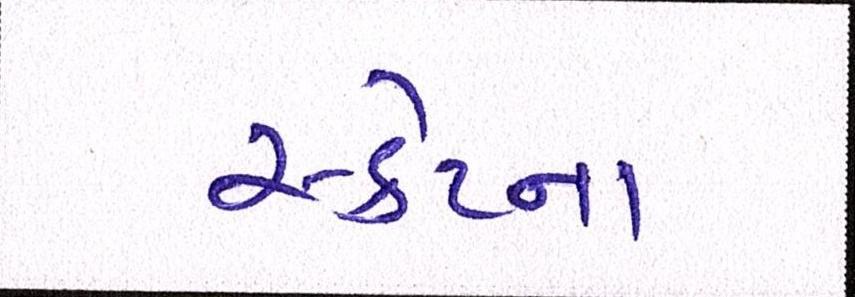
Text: સ્ક્રેપ્ના